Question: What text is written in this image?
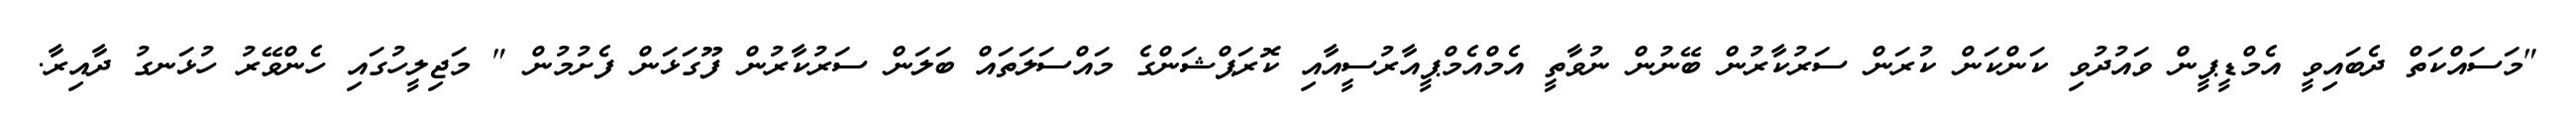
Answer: "މަސައްކަތް ދެބައިވީ އެމްޑީޕީން ވައުދުވި ކަންކަން ކުރަން ސަރުކާރުން ބޭނުން ނުވާތީ އެމްއެމްޕީއާރުސީއާއި ކޮރަޕްޝަންގެ މައްސަލަތައް ބަލަން ސަރުކާރުން ފޫގަޅަން ފެށުމުން " މަޖިލީހުގައި ހެންވޭރު ހުޅަނގު ދާއިރާ.